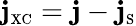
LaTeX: {\mathbf j}_{\scriptscriptstyle\mathrm{XC}}={\mathbf j}-{\mathbf j}_{\scriptscriptstyle\mathrm{S}}